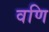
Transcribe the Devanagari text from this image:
वणि